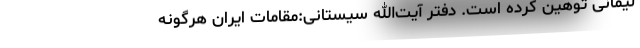
لیمانی توهین کرده است. دفتر آیت‌الله سیستانی:مقامات ایران هرگونه